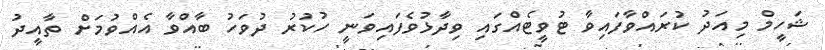
ޝަހީމް މިއަދު ކުރައްވާފައިވާ ޓުވީޓެއްގައި ވިދާޅުވެފައިވަނީ ހުކުރު ދުވަހު ބާއްވާ އެއްވުމަށް ތާއީދު